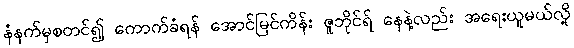
နံနက်မှစတင်၍ ကောက်ခံရန် အောင်မြင်ကိန်း ဇူဘိုင်ရ် နေနဲ့လည်း အရေးယူမယ်လို့